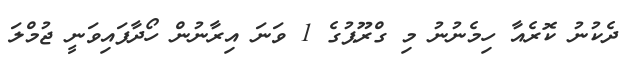
ދެކުނު ކޮރެއާ ހިމެނުނު މި ގްރޫޕުގެ 1 ވަނަ އިރާނުން ހޯދާފައިވަނީ ޖުމްލަ